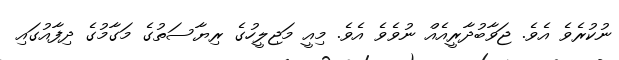
ނުކުރެވެ އެވެ. ޖަވާބުދާރީއެއް ނުވެވެ އެވެ. މިއީ މަޖިލީހުގެ ރިޔާސަތުގެ މަގާމުގެ ދިފާއުގައި